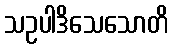
သဥပါဒိသေသောတိ